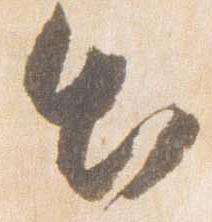
出